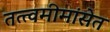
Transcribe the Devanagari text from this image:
तत्त्वमीमांसेत